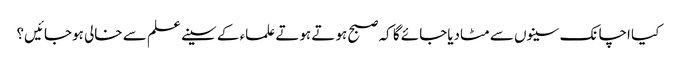
کیا اچانک سینوں سے مٹادیاجائے گا کہ صبح ہوتے ہوتے علماء کے سینے علم سے خالی ہوجائیں؟